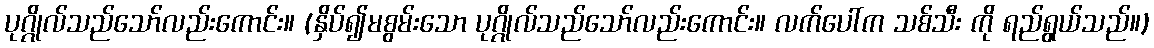
ပုဂ္ဂိုလ်သည်သော်လည်းကောင်း။ (နှိပ်၍မစွမ်းသော ပုဂ္ဂိုလ်သည်သော်လည်းကောင်း။ လက်ပေါ်က သစ်သီး ကို ရည်ရွယ်သည်။)